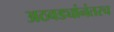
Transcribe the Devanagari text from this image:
अठवड्यांनंतरच